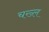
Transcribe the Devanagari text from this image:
चख्ल